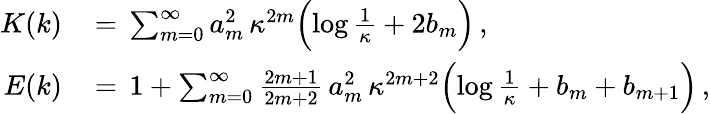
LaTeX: \begin{array}{rl}{K(k)\, }&{=\, \sum_{m=0}^{\infty}a_{m}^{2}\, \kappa^{2m}\Bigl(\log\frac{1}{\kappa}+2b_{m}\Bigr)\, ,}\\ {E(k)\, }&{=\, 1+\sum_{m=0}^{\infty}\frac{2m+1}{2m+2}\, a_{m}^{2}\, \kappa^{2m+2}\Bigl(\log\frac{1}{\kappa}+b_{m}+b_{m+1}\Bigr)\, ,}\end{array}